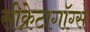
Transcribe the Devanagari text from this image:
सीक्रेटागॉग्स